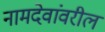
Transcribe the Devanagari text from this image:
नामदेवांवरील